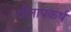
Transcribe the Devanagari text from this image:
यौनापकर्ष